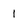
Character: i